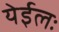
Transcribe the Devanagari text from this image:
येईलः